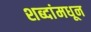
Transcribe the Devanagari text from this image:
शब्दांमधून